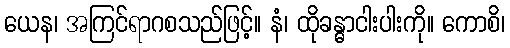
ယေန၊ အကြင်ရာဂစသည်ဖြင့်။ နံ၊ ထိုခန္ဓာငါးပါးကို။ ကောစိ၊